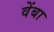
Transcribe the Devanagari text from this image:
वेंबा